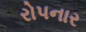
રોપનાર